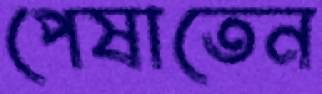
পেষাতেন